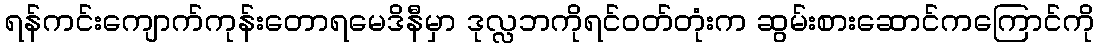
ရန်ကင်းကျောက်ကုန်းတောရမေဒိနီမှာ ဒုလ္လဘကိုရင်ဝတ်တုံးက ဆွမ်းစားဆောင်ကကြောင်ကို